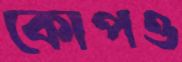
কোপও